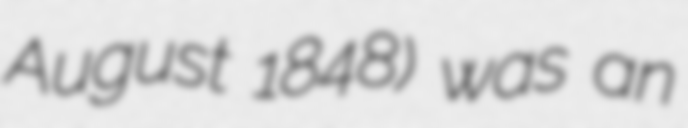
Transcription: August 1848) was an